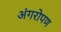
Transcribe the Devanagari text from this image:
अंगरोपण